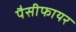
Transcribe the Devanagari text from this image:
पैसीफायर